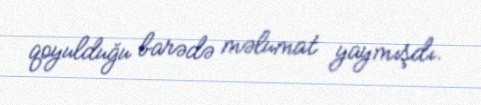
qoyulduğu barədə məlumat yaymışdı.